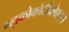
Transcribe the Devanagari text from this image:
ग्लुकोकोर्टीकोएड्स